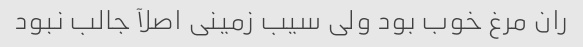
ران مرغ خوب بود ولی سیب زمینی اصلآ جالب نبود